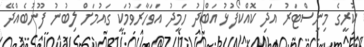
ކުރީގެ މިނިސްޓަރު އަދި ކޮއްކޯފުޅު އަބްދު ހަމީދު އަވަހާރަވުމަކީ ގައުމަށް ލިބުނު ފޫނުބެއްދޭ